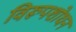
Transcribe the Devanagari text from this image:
विरूपशोधन